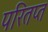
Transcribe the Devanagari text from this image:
परितप्त